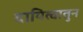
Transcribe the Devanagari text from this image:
दायित्वातुन